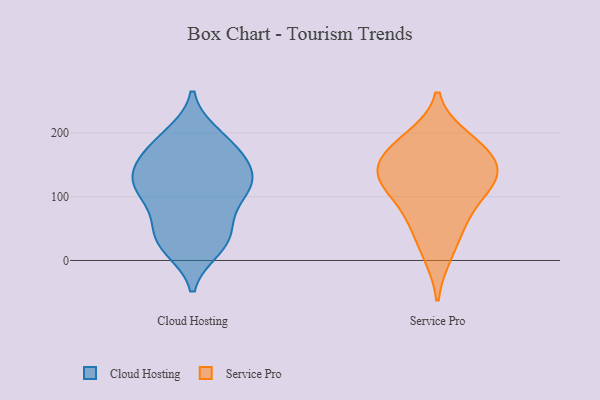
{"axis": {"x": "Backlog", "y": "Value"}, "legend": ["Cloud Hosting", "Service Pro"], "data": [{"x": "", "y": 144, "type": "Cloud Hosting"}, {"x": "", "y": 112, "type": "Cloud Hosting"}, {"x": "", "y": 112, "type": "Cloud Hosting"}, {"x": "", "y": 26, "type": "Cloud Hosting"}, {"x": "", "y": 157, "type": "Cloud Hosting"}, {"x": "", "y": 156, "type": "Cloud Hosting"}, {"x": "", "y": 25, "type": "Cloud Hosting"}, {"x": "", "y": 184, "type": "Cloud Hosting"}, {"x": "", "y": 115, "type": "Cloud Hosting"}, {"x": "", "y": 51, "type": "Cloud Hosting"}, {"x": "", "y": 125, "type": "Cloud Hosting"}, {"x": "", "y": 197, "type": "Cloud Hosting"}, {"x": "", "y": 43, "type": "Cloud Hosting"}, {"x": "", "y": 157, "type": "Cloud Hosting"}, {"x": "", "y": 106, "type": "Cloud Hosting"}, {"x": "", "y": 19, "type": "Cloud Hosting"}, {"x": "", "y": 191, "type": "Cloud Hosting"}, {"x": "", "y": 112, "type": "Cloud Hosting"}, {"x": "", "y": 67, "type": "Cloud Hosting"}, {"x": "", "y": 120, "type": "Service Pro"}, {"x": "", "y": 127, "type": "Service Pro"}, {"x": "", "y": 69, "type": "Service Pro"}, {"x": "", "y": 191, "type": "Service Pro"}, {"x": "", "y": 176, "type": "Service Pro"}, {"x": "", "y": 131, "type": "Service Pro"}, {"x": "", "y": 10, "type": "Service Pro"}, {"x": "", "y": 173, "type": "Service Pro"}, {"x": "", "y": 58, "type": "Service Pro"}, {"x": "", "y": 121, "type": "Service Pro"}, {"x": "", "y": 151, "type": "Service Pro"}]}